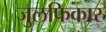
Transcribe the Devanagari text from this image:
जुलफिकार